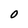
Character: O